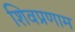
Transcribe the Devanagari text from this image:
शिवप्रणाम